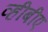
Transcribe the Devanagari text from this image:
व्हीबीए